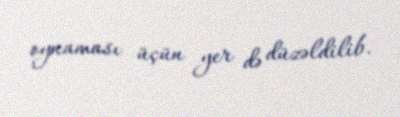
oynaması üçün yer də düzəldilib.